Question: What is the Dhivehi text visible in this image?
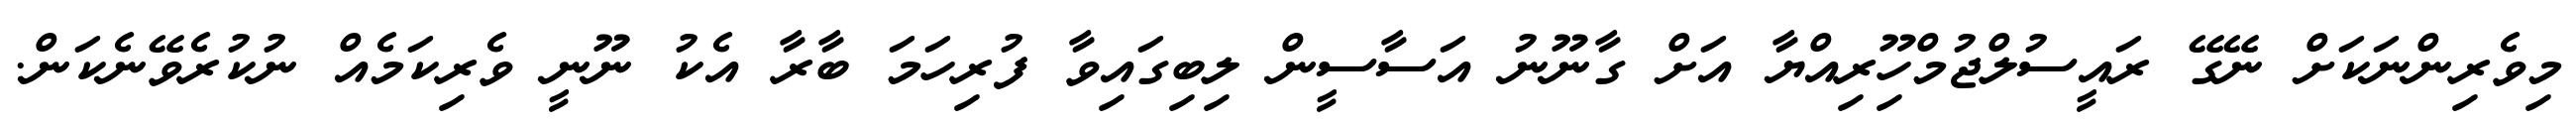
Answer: މިވެރިންނަކަށް ނޭގޭ ރައީސުލްޖުމްހޫިރިއްޔާ އަށް ގާނޫނު އަސާސީން ލިބިގައިވާ ފުރިހަމަ ބާރާ އެކު ނޫނީ ވެރިކަމެއް ނުކުރެވޭނެކަން.